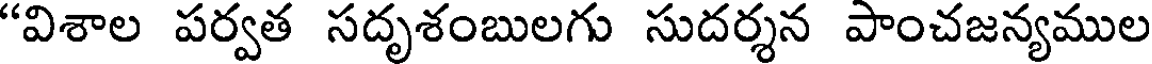
"విశాల పర్వత సదృశంబులగు సుదర్శన పాంచజన్యముల